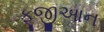
ફૂજીઆન